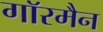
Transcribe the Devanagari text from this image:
गाॅरमैन